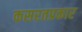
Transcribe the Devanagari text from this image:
कसरतप्रकार